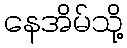
နေအိမ်သို့